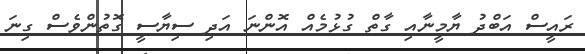
ރައީސް އަބްދު ޔާމީނާއި ގާތް ގުޅުމެއް އޮންނަ އަދި ސިޔާސީ ގޮތުންވެސް ގިނަ